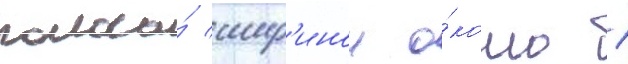
полоса́ шир'инои о́коло 1